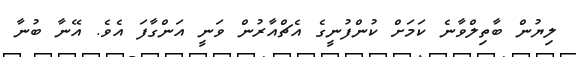
ލިޔުން ބާތިލްވާނެ ކަމަށް ކުންފުނީގެ އެޗްއާރުން ވަނީ އަންގާފަ އެވެ. އޭނާ ބުނާ